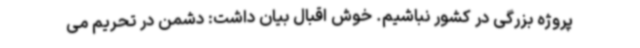
پروژه بزرگی در کشور نباشیم. خوش اقبال بیان داشت: دشمن در تحریم می